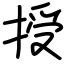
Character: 授